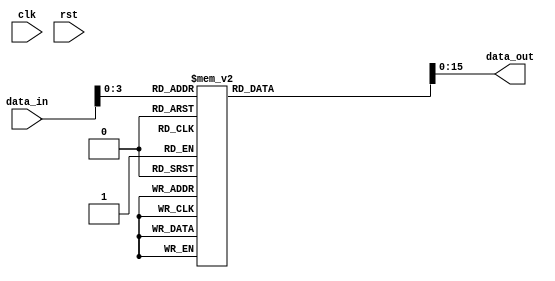
module IM(data_in, data_out, clk, rst);

//I/O
input [15:0] data_in;
input clk, rst;
output reg [15:0] data_out;
reg [32:0] reg_file [15:0];

always @ (*)
begin
        reg_file[0] = 16'b0000000000010000;
       	reg_file[1] = 16'b0000000000010001;
       	reg_file[2] = 16'b0010001011110000;
       	reg_file[3] = 16'b0001001001001100;
       	reg_file[4] = 16'b0000010001010100;
       	reg_file[5] = 16'b0000000001001000;
       	reg_file[6] = 16'b0000111111110001;
       	reg_file[7] = 16'b0000001101111110;
       	reg_file[8] = 16'b0000001101011111;
       	reg_file[9] = 16'b0010001100000010;
        reg_file[10] = 16'b1000010110000100;
        reg_file[11] = 16'b1001010110000110;
        reg_file[12] = 16'b1010010110000110;
        reg_file[13] = 16'b0110011000100000;
        reg_file[14] = 16'b0000101000000000;
        reg_file[15] = 16'b0100011001010000;
        reg_file[16] = 16'b0000101000010000;
        reg_file[17] = 16'b0101011000100000;
        reg_file[18] = 16'b0000000000000000;
        reg_file[19] = 16'b0000000000000000;
        reg_file[20] = 16'b1010011110000000;
        reg_file[21] = 16'b0000011101110000;
        reg_file[22] = 16'b1011011110000000;
        reg_file[23] = 16'b1010100110000010;
        reg_file[24] = 16'b0000101110110000;
        reg_file[25] = 16'b0000110011000001;
       	reg_file[26] = 16'b0000101111000000;
       	reg_file[27] = 16'b1110111100100000;
	data_out = reg_file[data_in];
end
endmodule